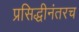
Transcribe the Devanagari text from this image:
प्रसिद्धीनंतरच